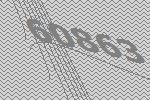
60863